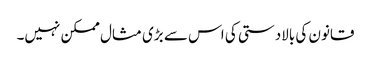
قانون کی بالادستی کی اس سے بڑی مثال ممکن نہیں۔